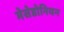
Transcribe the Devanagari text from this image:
मेसेडोनियन